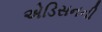
એડિસનની